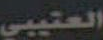
العتيبي